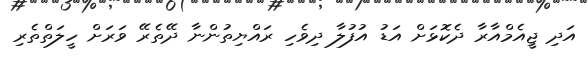
އަދި ޖީއެމްއާރާ ދެކޮޅަށް އަޑު އުފުލާ ދިވެހި ރައްޔިތުންނާ ދޭތެރޭ ވަރަށް ހީލަތްތެރި